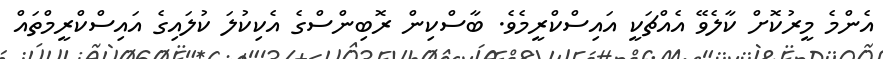
އެންމެ މީރުކޮށް ކާލެވޭ އެއްޗަކީ އައިސްކްރީމެވެ. ބާސްކިން ރޮބިންސްގެ އެކިކުލަ ކުލައިގެ އައިސްކްރީމްތައް